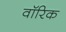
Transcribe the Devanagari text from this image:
वॉरिक